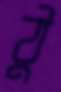
ঠু